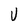
Character: U